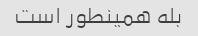
بله همینطور است